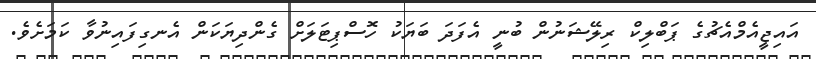
އައިޖީއެމްއެޗުގެ ޕަބްލިކް ރިލޭޝަނުން ބުނީ އެފަދަ ބަޔަކު ހޮސްޕިޓަލަށް ގެންދިޔަކަން އެނގިފައިނުވާ ކަމަށެވެ.